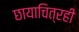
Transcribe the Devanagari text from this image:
छायाचित्रही